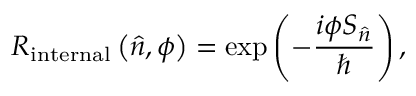
R _ { \mathrm { i n t e r n a l } } \left( { \hat { n } } , \phi \right) = \exp \left( - { \frac { i \phi S _ { \hat { n } } } { \hbar } } \right) ,